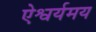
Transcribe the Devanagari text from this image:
ऐश्वर्यमय